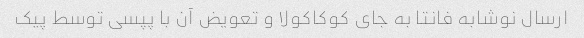
ارسال نوشابه فانتا به جای کوکاکولا و تعویض آن با پپسی توسط پیک